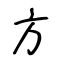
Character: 方